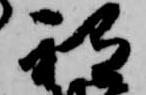
祗